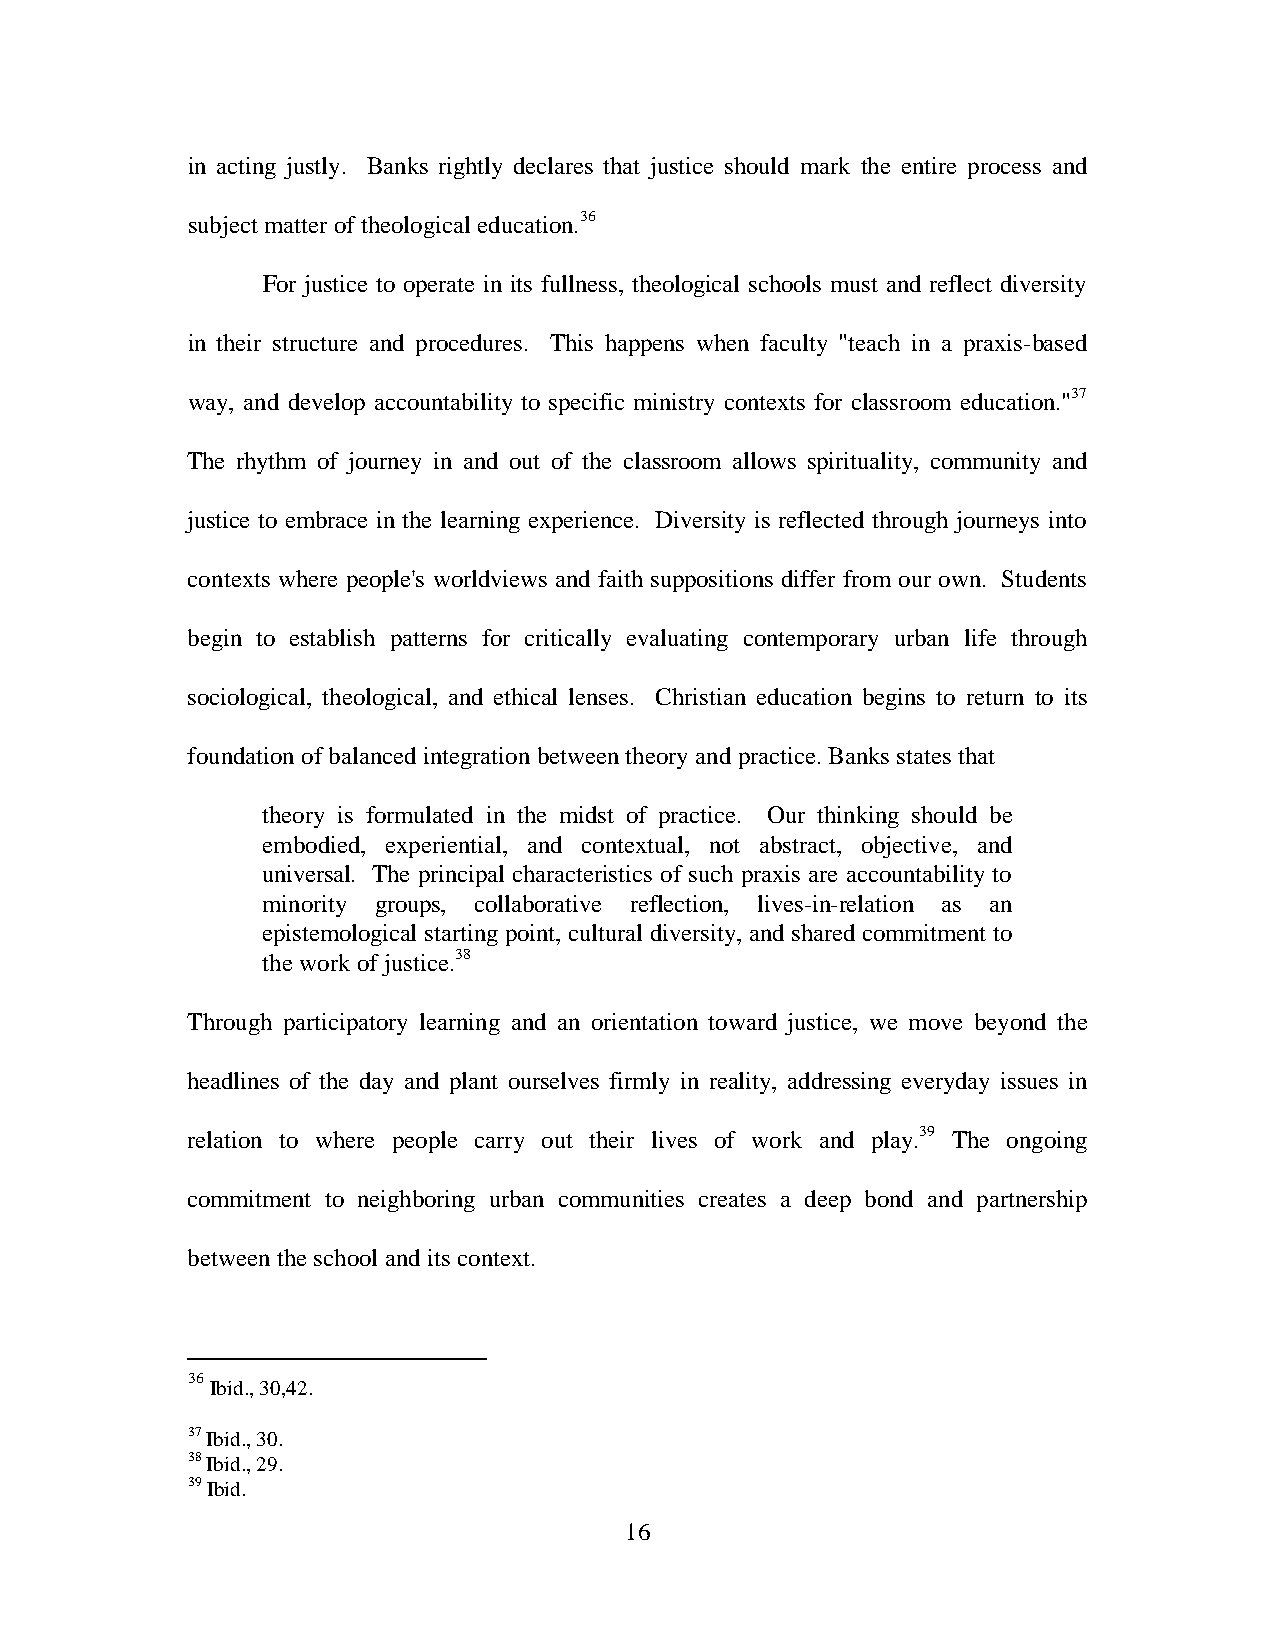
in acting justly. Banks rightly declares that justice should mark the entire process and
 subject matter of theological education.36
 For justice to operate in its fullness, theological schools must and reflect diversity
 in their structure and procedures. This happens when faculty "teach in a praxis-based
 way, and develop accountability to specific ministry contexts for classroom education."37
 The rhythm of journey in and out of the classroom allows spirituality, community and
 justice to embrace in the learning experience. Diversity is reflected through journeys into
 contexts where people's worldviews and faith suppositions differ from our own. Students
 begin to establish patterns for critically evaluating contemporary urban life through
 sociological, theological, and ethical lenses. Christian education begins to return to its
 foundation of balanced integration between theory and practice. Banks states that
 theory is formulated in the midst of practice. Our thinking should be
 embodied, experiential, and contextual, not abstract, objective, and
 universal. The principal characteristics of such praxis are accountability to
 minority groups, collaborative reflection, lives-in-relation as an
 epistemological starting point, cultural diversity, and shared commitment to
 the work of justice.38
 Through participatory learning and an orientation toward justice, we move beyond the
 headlines of the day and plant ourselves firmly in reality, addressing everyday issues in
 relation to where people carry out their lives of work and play.39 The ongoing
 commitment to neighboring urban communities creates a deep bond and partnership
 between the school and its context.
 36
 Ibid., 30,42.
 37 Ibid., 30.
 38 Ibid., 29.
 39 Ibid.
 16